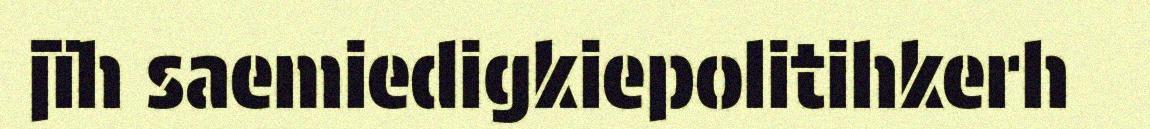
jïh saemiedigkiepolitihkerh